Annual administration report of the Civil Veterinary Department, Ajmere-Merwara, British Rajputana - 1914-1940
Year: 1914
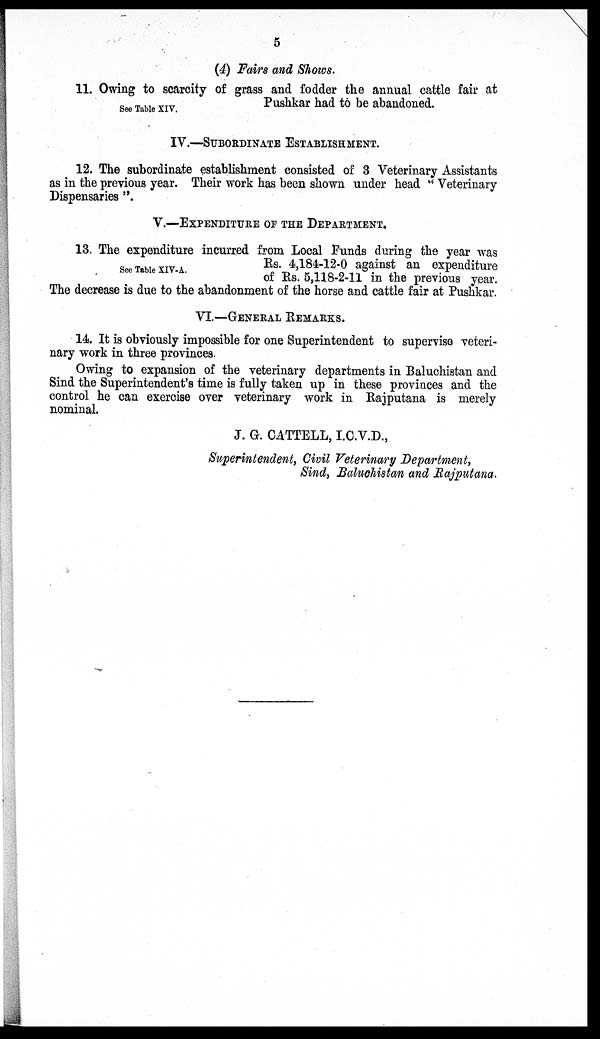
5
(4) Fairs and Shows.
See Table XIV.
11. Owing to scarcity of grass and fodder the annual cattle fair at
Pushkar had to be abandoned.
IV.—SUBORDINATE ESTABLISHMENT.
12. The subordinate establishment consisted of 3 Veterinary Assistants
as in the previous year. Their work has been shown under head "Veterinary
Dispensaries".
V.—EEXPENDITURE OF THE DEPARTMENT.
See Table XIV-A.
13. The expenditure incurred from Local Funds during the year was
Rs. 4,184-12-0 against an expenditure
of Rs. 5,118-2-11 in the previous year.
The decrease is due to the abandonment of the horse and cattle fair at Pushkar.
VI.—GENERAL REMARKS.
14. It is obviously impossible for one Superintendent to supervise veteri-
nary work in three provinces.
Owing to expansion of the veterinary departments in Baluchistan and
Sind the Superintendent's time is fully taken up in these provinces and the
control he can exercise over veterinary work in Rajputana is merely
nominal.
J. G. CATTELL, I.C.V.D.,
Superintendent, Civil Veterinary Department,
Sind, Baluchistan and Rajputana.